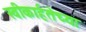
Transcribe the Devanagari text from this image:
स्वीकार्हतेच्या